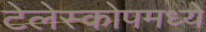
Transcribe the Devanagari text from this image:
टेलेस्कोपमध्ये